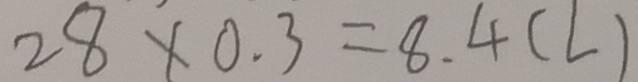
2 8 \times 0 . 3 = 8 . 4 ( L )